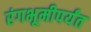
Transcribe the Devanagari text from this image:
रंगभूमीपर्यंत